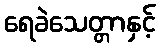
ရေခဲသေတ္တာနှင့်